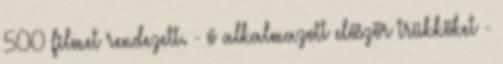
500 filmet rendezett. - ő alkalmazott először trükköket -